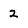
Character: 2